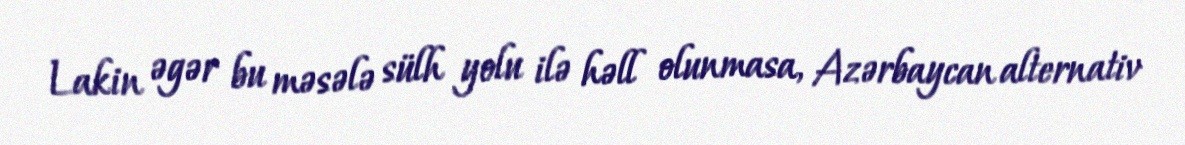
Lakin əgər bu məsələ sülh yolu ilə həll olunmasa, Azərbaycan alternativ